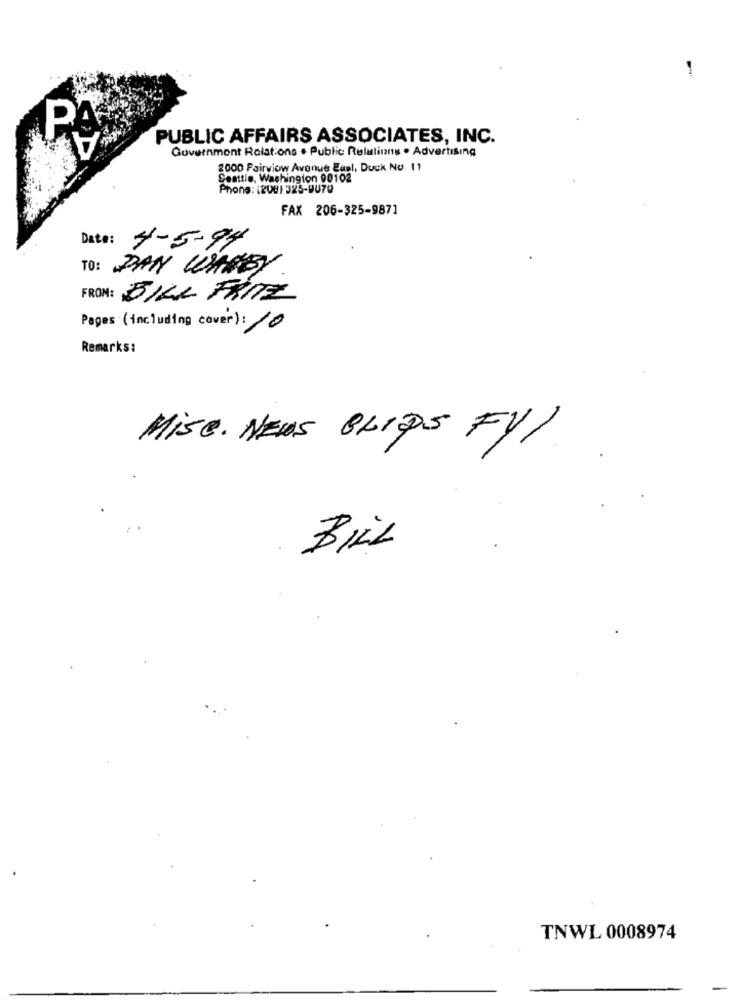
A
PA
PUBLIC AFFAIRS ASSOCIATES, INC.
Government Relations . Public Relations . Advertising
2000 Fairview Avenue Earl, Duck No. 11
Seattle, Washington 00102
Phone: (208) 325-9U70
FAX 206-325-987]
Date: 4-5-94
TO: PAN WHNEY
FROM: BILL FRITZ
Pages (including cover): 10
Remarks:
Mise. NEWS BLIPS FYL.
BILL
TNWL 0008974